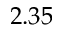
2 . 3 5